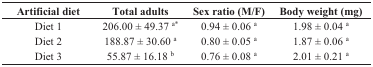
| Artificial diet | Total adults | Sex ratio (M/F) | Body weight (mg) |
 | --- | --- | --- | --- |
 | Diet 1 | 206.00 ± 49.37 a* | 0.94 ± 0.06 a | 1.98 ± 0.04 a |
 | Diet 2 | 188.87 ± 30.60 a | 0.80 ± 0.05 a | 1.87 ± 0.06 a |
 | Diet 3 | 55.87 ± 16.18 b | 0.76 ± 0.08 a | 2.01 ± 0.21 a |